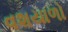
વશયાળો